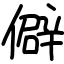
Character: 僻